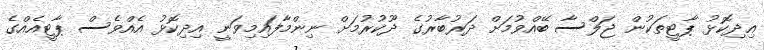
އިދިކޮޅު ޕާޓީތަކުން ޖަލްސާ ބޭއްވުމަށް ދަރުބާރުގެ ދޫކުރުމަށް ނިންމާފައިމިވަނީ އިދިކޮޅު އެއްވެސް ޕާޓީއެއްގެ